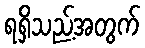
ရရှိသည့်အတွက်